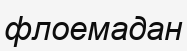
флоемадан